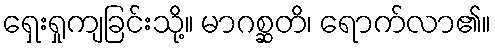
ရှေးရှုကျခြင်းသို့။ မာဂစ္ဆတိ၊ ရောက်လာ၏။